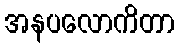
အနပလောကိတာ